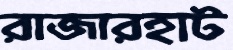
রাজারহাট